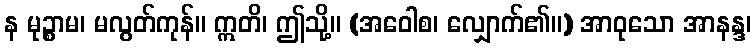
န မုဉ္စာမ၊ မလွတ်ကုန်။ ဣတိ၊ ဤသို့။ (အဝေါစ၊ လျှောက်၏။) အာဝုသော အာနန္ဒ၊